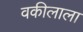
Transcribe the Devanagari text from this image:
वकीलाला